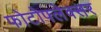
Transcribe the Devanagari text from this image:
फोटोफ्लेक्सर